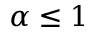
\alpha \leq 1